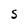
Character: S